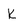
Character: k